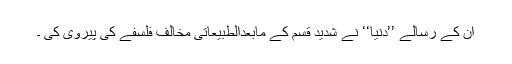
ان کے رسالے ’’دنیا‘‘ نے شدید قسم کے مابعدالطبیعاتی مخالف فلسفے کی پیروی کی ۔